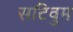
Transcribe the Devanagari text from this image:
सटिवुम